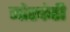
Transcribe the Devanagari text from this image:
मोरकंठी